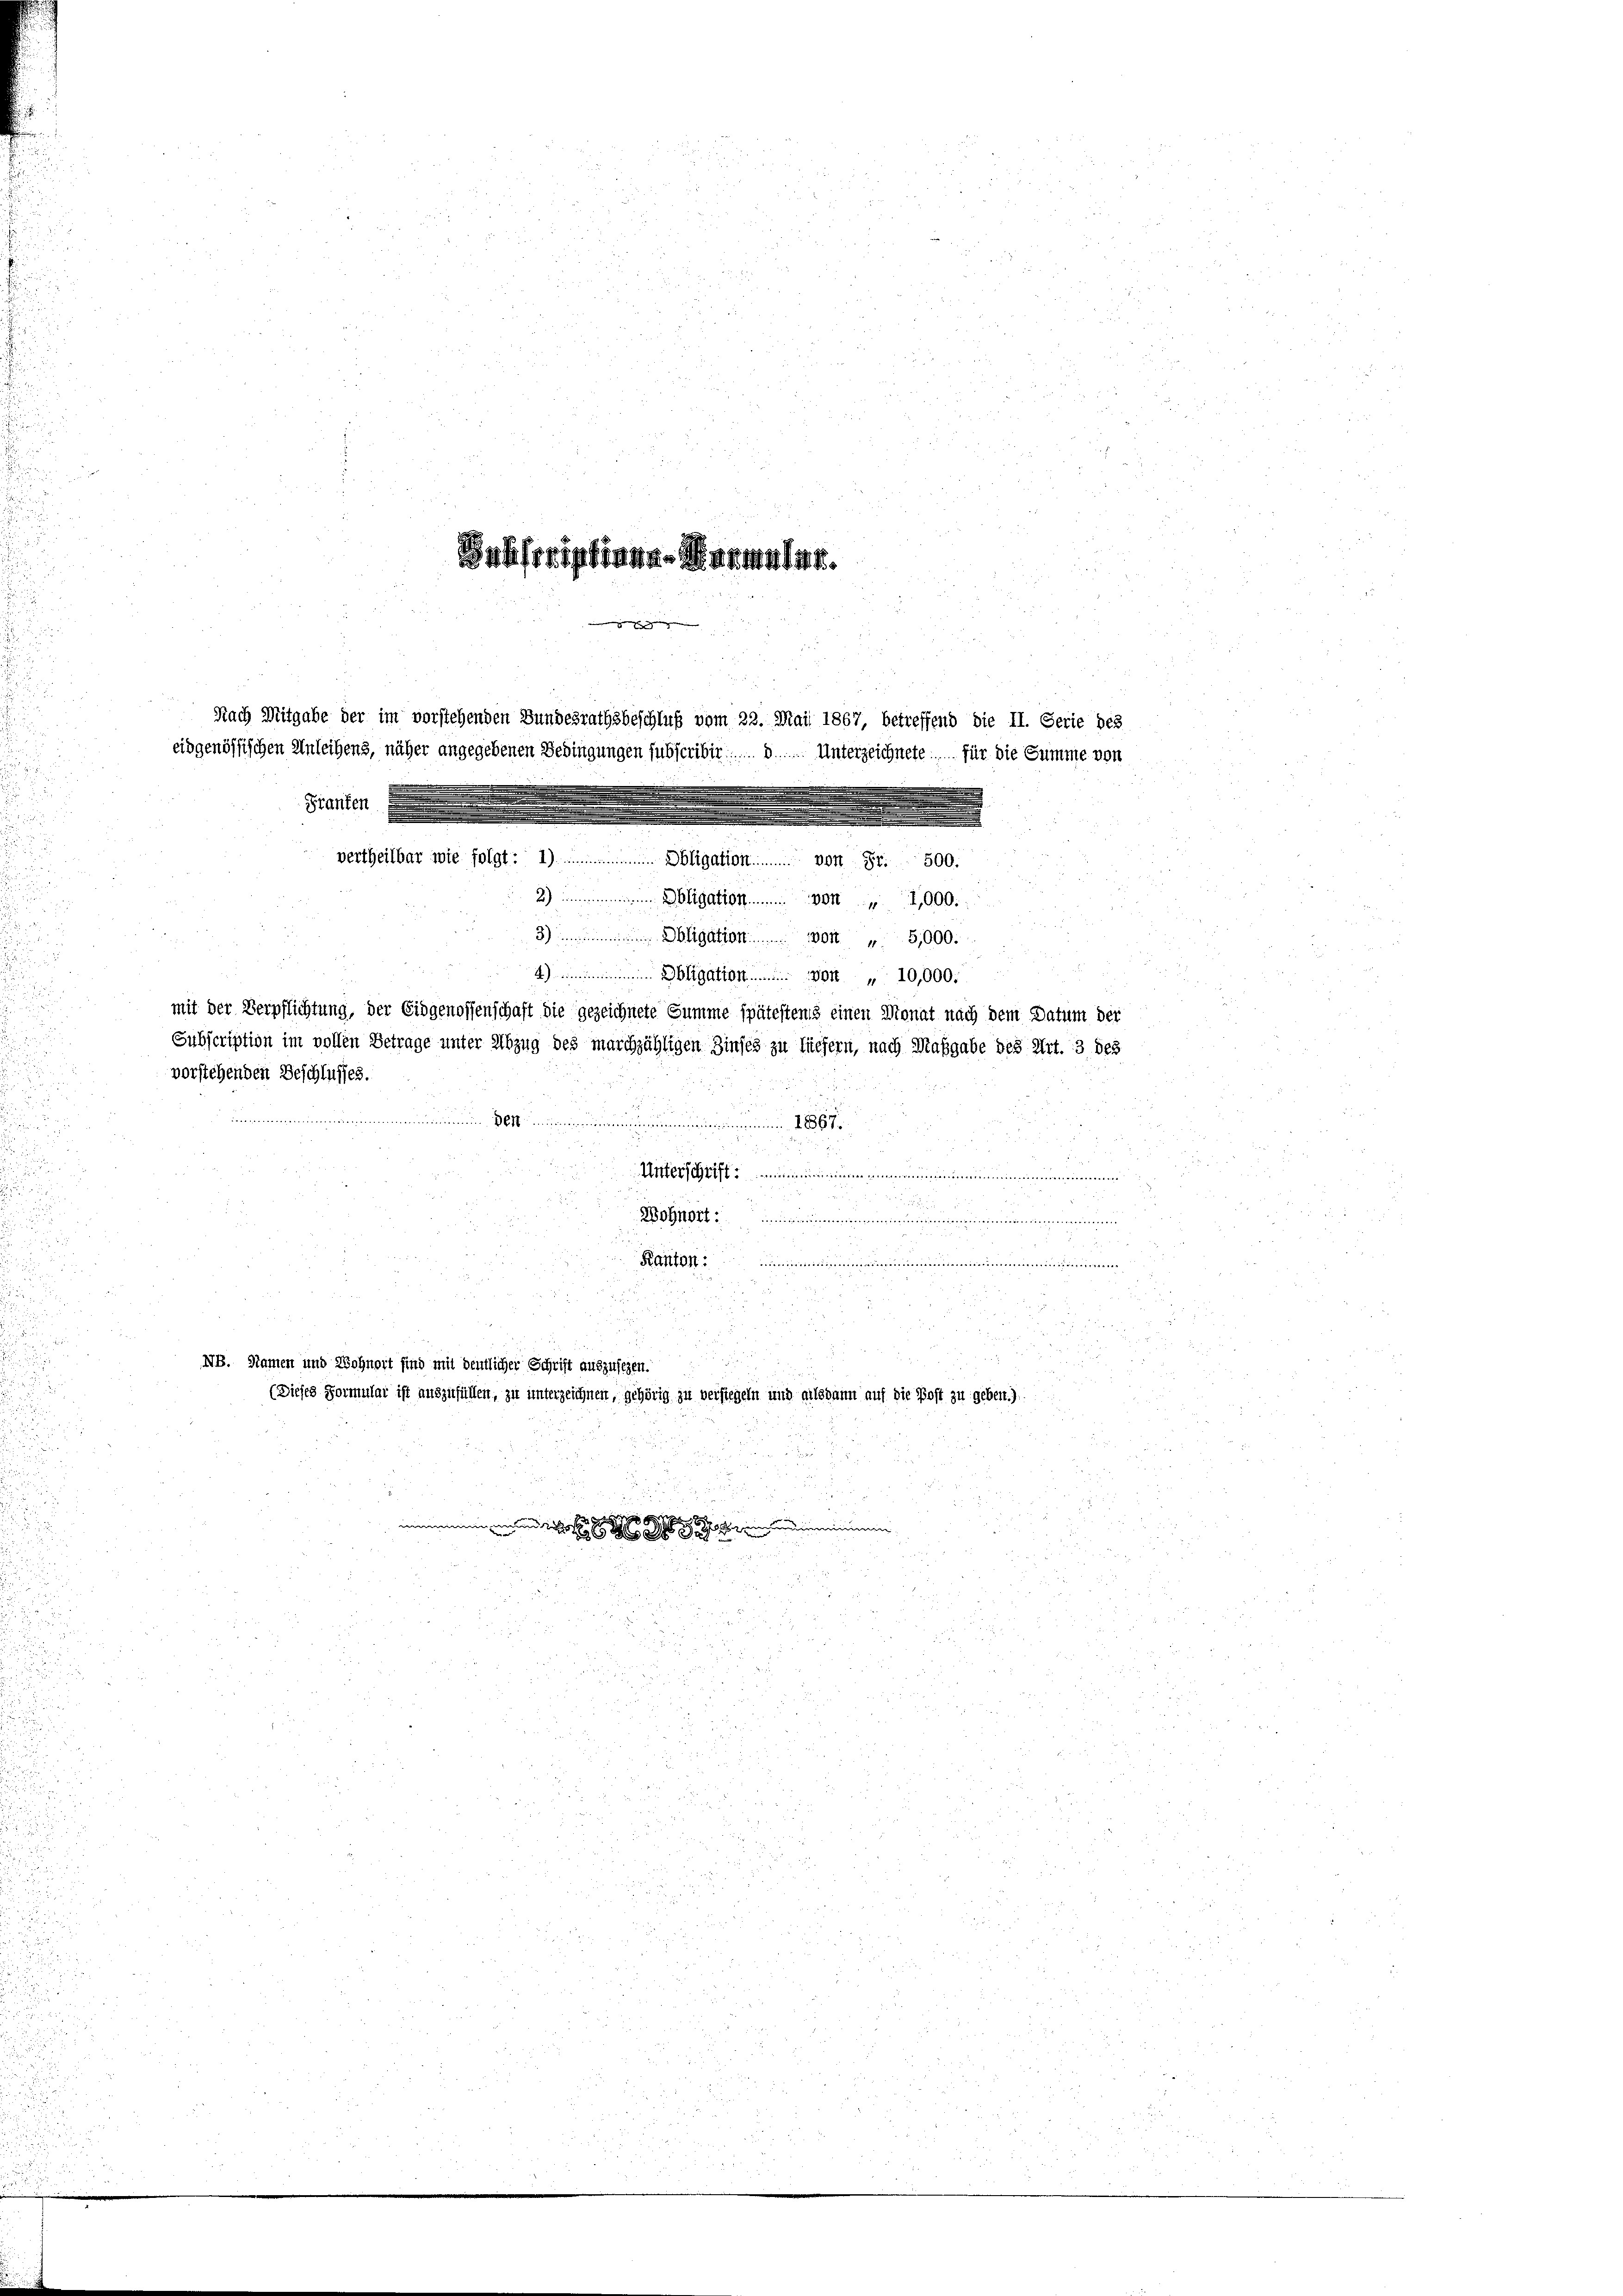
2) ligation . . . . . . . von 1000.
vorstehenden Beschlusses.
u
...............18..
e
Unterschrift innerinnen eine
d
Wohnort innimm
ögeru

2
n
zu
Kanton ................
d
u
.
2
e
i
5
22

¬
NB. Namen und Wohnort sind mit deutlicher Schrift auszusehen.

(Dieses Formular ist auszufüllen, zu unterzeichnen, gehörig zu versiegeln und alsdann auf die Post zu geben.)
i
8

 ebend eine

255

vertheilbar wie folgt: 1) ................. Obligation . . . . . . . . von Fr. 500.

|
Nach Mitgabe der im vorstehenden Bundesrathsbeschluß vom 22. Mai 1867, betreffend die II. Serie bes
eidgenössischen Anleihens, näher angegebenen Bedingungen subscribir Unterzeichnete für die Summe von
Pranten

Basisoristinen Maumaset.

3) Obligation . . . . . . . von 15,000.
 Agation . . . . . . . . . . 10,000.
mit der Verpflichtung, der Eidgenossenschaft die gezeichnete Summe spätestems einen Monat nach dem Datum der
Subscription im vollen Betrage unter Abzug des marchzähligen Zinses zu liefern, nach Maßgabe des Art. 3 des
u